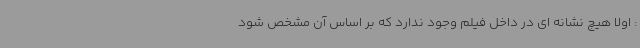
: اولا هیچ نشانه ای در داخل فیلم وجود ندارد که بر اساس آن مشخص شود